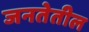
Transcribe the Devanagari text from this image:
जनतेतील